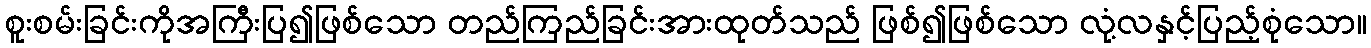
စူးစမ်းခြင်းကိုအကြီးပြ၍ဖြစ်သော တည်ကြည်ခြင်းအားထုတ်သည် ဖြစ်၍ဖြစ်သော လုံ့လနှင့်ပြည့်စုံသော။